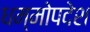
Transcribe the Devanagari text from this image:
धम्मोपदेश